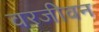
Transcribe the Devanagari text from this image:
वरजीवन